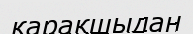
қарақшыдан